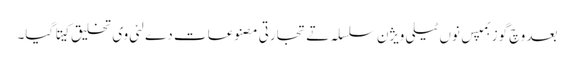
بعد وچ گوزبمپس نو‏‏ں ٹیلی ویژن سلسلہ تے تجارتی مصنوعات دے لئی وی تخلیق کیتا گیا۔